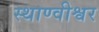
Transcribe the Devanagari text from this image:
स्थाण्वीश्वर